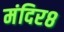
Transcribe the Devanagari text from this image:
मंदिर८